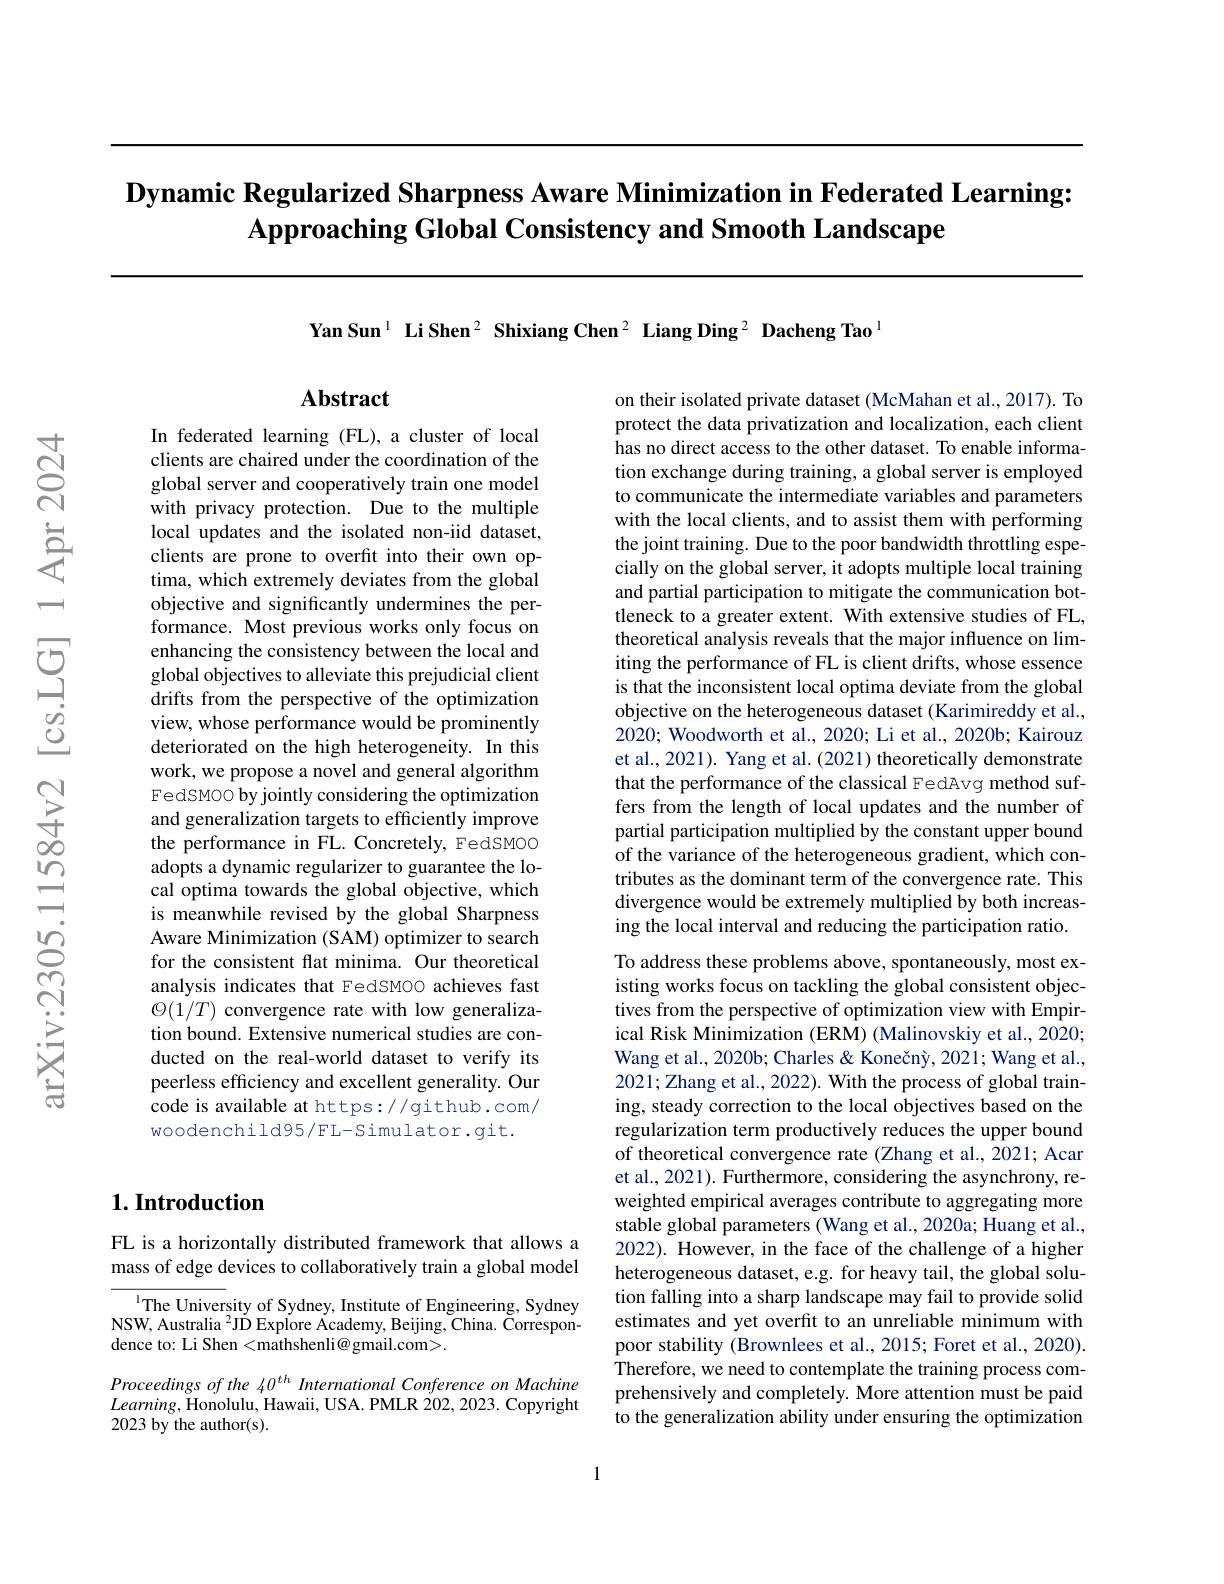
# Dynamic Regularized Sharpness Aware Minimization in Federated Learning: $\textbf{Approaching Global Consistency and Smooth Landscape}$

In federated learning (FL), a cluster of local clients are chaired under the coordination of the global server and cooperatively train one model with privacy protection. Due to the multiple local updates and the isolated non-iid dataset, clients are prone to overfit into their own optima, which extremely deviates from the global objective and significantly undermines the performance. Most previous works only focus on enhancing the consistency between the local and global objectives to alleviate this prejudicial client drifts from the perspective of the optimization view, whose performance would be prominently deteriorated on the high heterogeneity. In this work, we propose a novel and general algorithm FedSMOO by jointly considering the optimization and generalization targets to efficiently improve the performance in FL. Concretely, FedSMOO adopts a dynamic regularizer to guarantee the local optima towards the global objective, which is meanwhile revised by the global Sharpness Aware Minimization (SAM) optimizer to search for the consistent flat minima. Our theoretical analysis indicates that FedSMOO achieves fast $\mathcal{O}(1/T)$ convergence rate with low generalization bound. Extensive numerical studies are conducted on the real-world dataset to verify its peerless efficiency and excellent generality. Our code is available at https://github.com/ woodenchild95/FL-Simulator.git.

## $1. \textbf{Introduction}$

FL is a horizontally distributed framework that allows a mass of edge devices to collaboratively train a global model

${^{1}\text{The University of Sydney, Institute of Engineering, Sydney}}$ NSW, Australia $^2\text{J\v{D} Explore Academy, Beijing, China. Correspon- }$ dence to: Li Shen <mathshenli@gmail.com>.

Proceedings of the 40$^{th}$ International Conference on Machine $Learning$,Honolulu, Hawaii, USA. PMLR 202,2023. Copyright 2023 by the author(s).

Yan Sun$^{1}\textbf{ Li Shen}^{2}\textbf{ Shixiang Chen}^{2}\textbf{ Liang Ding}^{2}\textbf{ Dacheng Tao}^{1}$

## Abstract

on their isolated private dataset (McMahan et al., 2017). To protect the data privatization and localization, each client has no direct access to the other dataset. To enable information exchange during training, a global server is employed to communicate the intermediate variables and parameters with the local clients, and to assist them with performing the joint training. Due to the poor bandwidth throttling especially on the global server, it adopts multiple local training and partial participation to mitigate the communication bottleneck to a greater extent. With extensive studies of FL, theoretical analysis reveals that the major influence on limiting the performance of FL is client drifts, whose essence is that the inconsistent local optima deviate from the global objective on the heterogeneous dataset (Karimireddy et al., 2020; Woodworth et al., 2020; Li et al., 2020b; Kairouz et al., 2021). Yang et al. (2021) theoretically demonstrate that the performance of the classical FedAvg method suffers from the length of local updates and the number of partial participation multiplied by the constant upper bound of the variance of the heterogeneous gradient, which contributes as the dominant term of the convergence rate. This divergence would be extremely multiplied by both increasing the local interval and reducing the participation ratio To address these problems above, spontaneously, most ex-

isting works focus on tackling the global consistent objectives from the perspective of optimization view with Empirical Risk Minimization (ERM) (Malinovskiy et al., 2020; Wang et al., 2020b; Charles & Konečný, 2021; Wang et al., 2021; Zhang et al., 2022). With the process of global training, steady correction to the local objectives based on the regularization term productively reduces the upper bound of theoretical convergence rate (Zhang et al., 2021; Acar et al., 2021). Furthermore, considering the asynchrony, reweighted empirical averages contribute to aggregating more stable global parameters (Wang et al., 2020a; Huang et al., 2022). However, in the face of the challenge of a higher heterogeneous dataset, e.g. for heavy tail, the global solution falling into a sharp landscape may fail to provide solid estimates and yet overfit to an unreliable minimum with poor stability (Brownlees et al., 2015; Foret et al., 2020). Therefore, we need to contemplate the training process comprehensively and completely. More attention must be paid to the generalization ability under ensuring the optimization

1